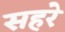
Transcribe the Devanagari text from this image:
सहरे